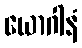
ယောဂါနံ